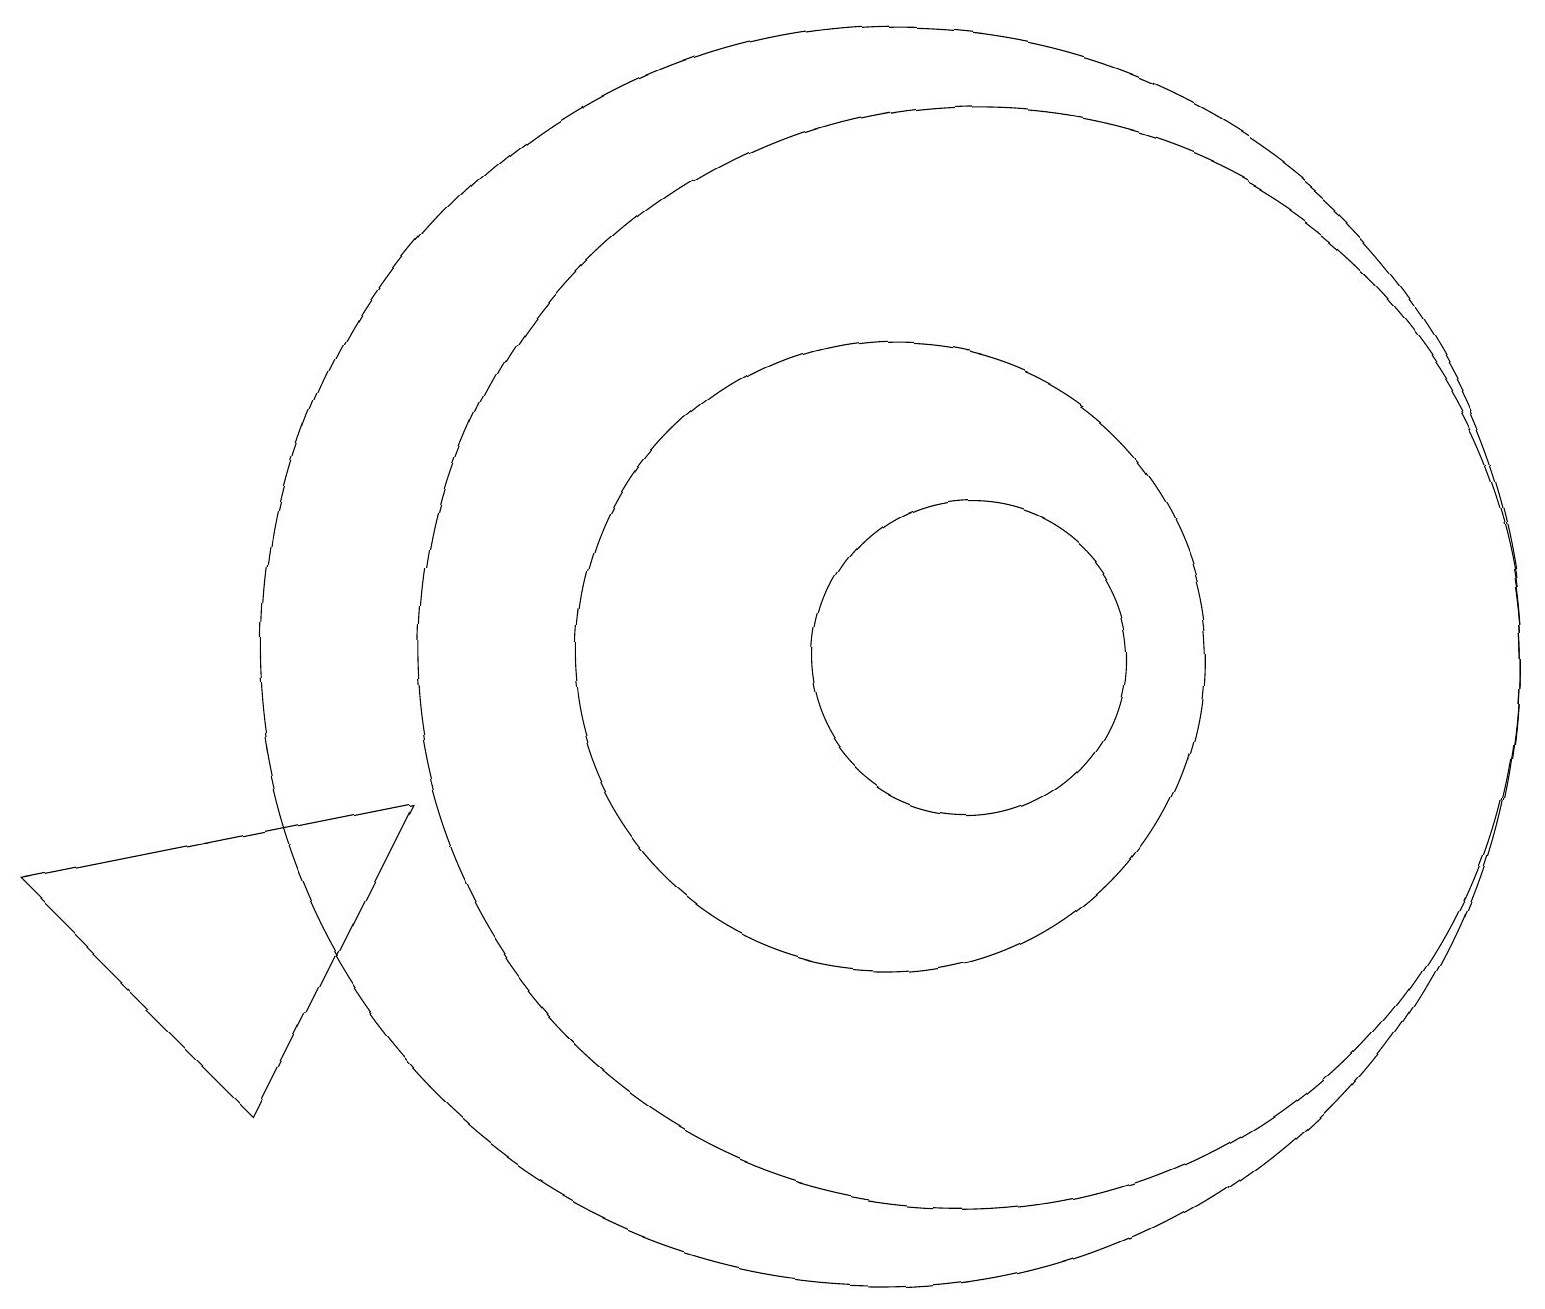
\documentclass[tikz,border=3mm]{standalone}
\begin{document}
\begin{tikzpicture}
\draw (12,10) circle (2);
\draw (12,10) circle (7);
\draw (11,10) circle (8);
\draw (3,4) -- (5,8) -- (0,7) -- cycle;
\draw (11,10) circle (4);
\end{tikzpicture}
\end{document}